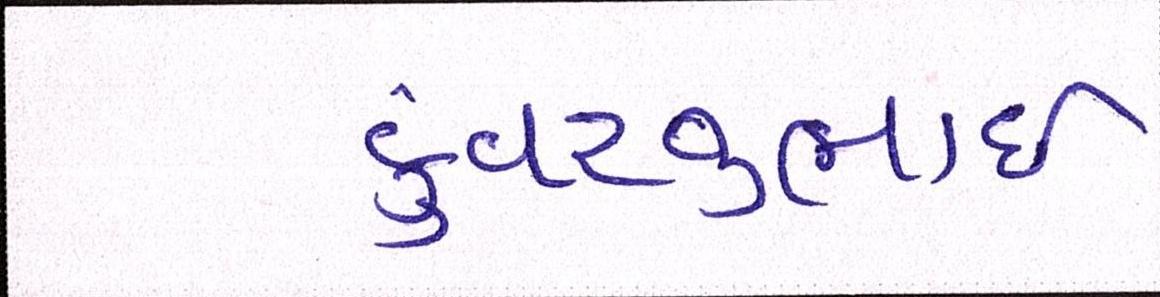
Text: કુંવરજીભાઈ